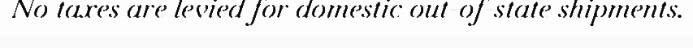
No taxes are levied for domestic out-of-state shipments.